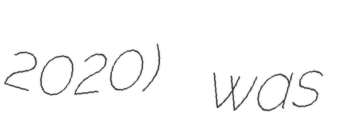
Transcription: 2020) was